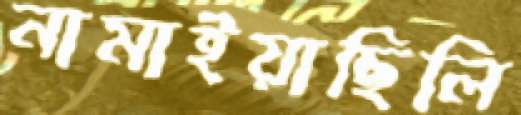
নামাইয়াছিলি